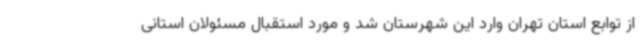
از توابع استان تهران وارد این شهرستان شد و مورد استقبال مسئولان استانی